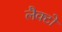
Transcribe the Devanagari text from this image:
लैक्टो